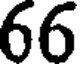
66